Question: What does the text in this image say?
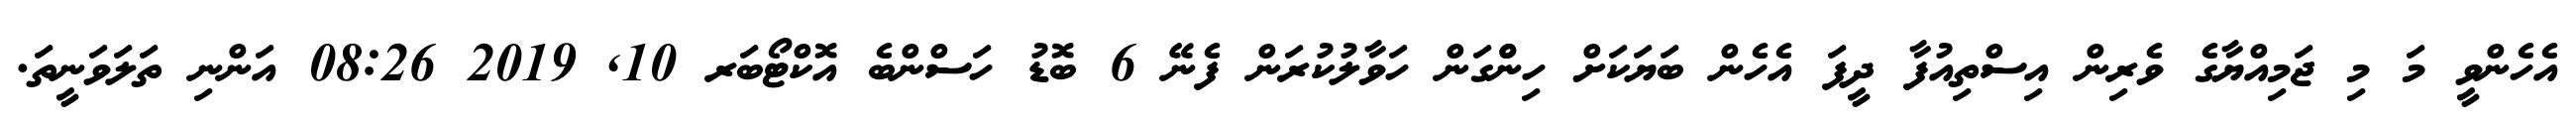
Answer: އެހެންވީ މަ މި ޖަމިއްޔާގެ ވެރިން އިސްތިއުފާ ދީފަ އެހެން ބަޔަކަށް ހިންްގަން ހަވާލުކުރަން ފެނޭ 6 ބޮޑު ހަސްންބެ އޮކްޓޯބަރ 10, 2019 08:26 އަންނި ތަލަވަނީތަ.